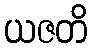
ယဇတိ